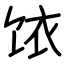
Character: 饻